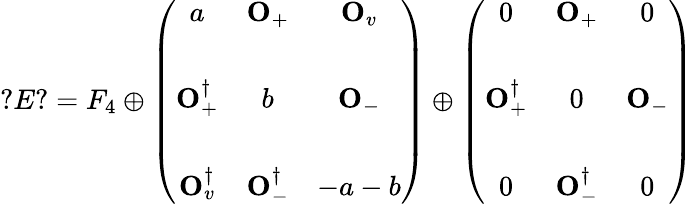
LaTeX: ?E?=F_{4}\oplus\left(\begin{array}{ccc}{{a}}&{{{\mathbf O}_{+}}}&{{{\mathbf O}_{v}}}\\ {{}}&{{}}&{{}}\\ {{{\mathbf O}_{+}^{\dagger}}}&{{b}}&{{{\mathbf O}_{-}}}\\ {{}}&{{}}&{{}}\\ {{{\mathbf O}_{v}^{\dagger}}}&{{{\mathbf O}_{-}^{\dagger}}}&{{-a-b}}\end{array}\right)\oplus\left(\begin{array}{ccc}{{0}}&{{{\mathbf O}_{+}}}&{{0}}\\ {{}}&{{}}&{{}}\\ {{{\mathbf O}_{+}^{\dagger}}}&{{0}}&{{{\mathbf O}_{-}}}\\ {{}}&{{}}&{{}}\\ {{0}}&{{{\mathbf O}_{-}^{\dagger}}}&{{0}}\end{array}\right)